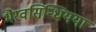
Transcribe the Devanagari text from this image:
भैरवसिन्धियया